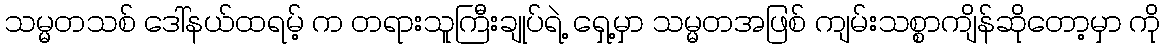
သမ္မတသစ် ဒေါ်နယ်ထရမ့် က တရားသူကြီးချုပ်ရဲ့ ရှေ့မှာ သမ္မတအဖြစ် ကျမ်းသစ္စာကျိန်ဆိုတော့မှာ ကို